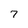
Character: 7